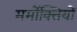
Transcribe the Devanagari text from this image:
मर्मोक्तियों